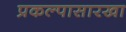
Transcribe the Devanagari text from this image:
प्रकल्पासारखा